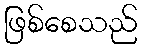
ဖြစ်စေသည်